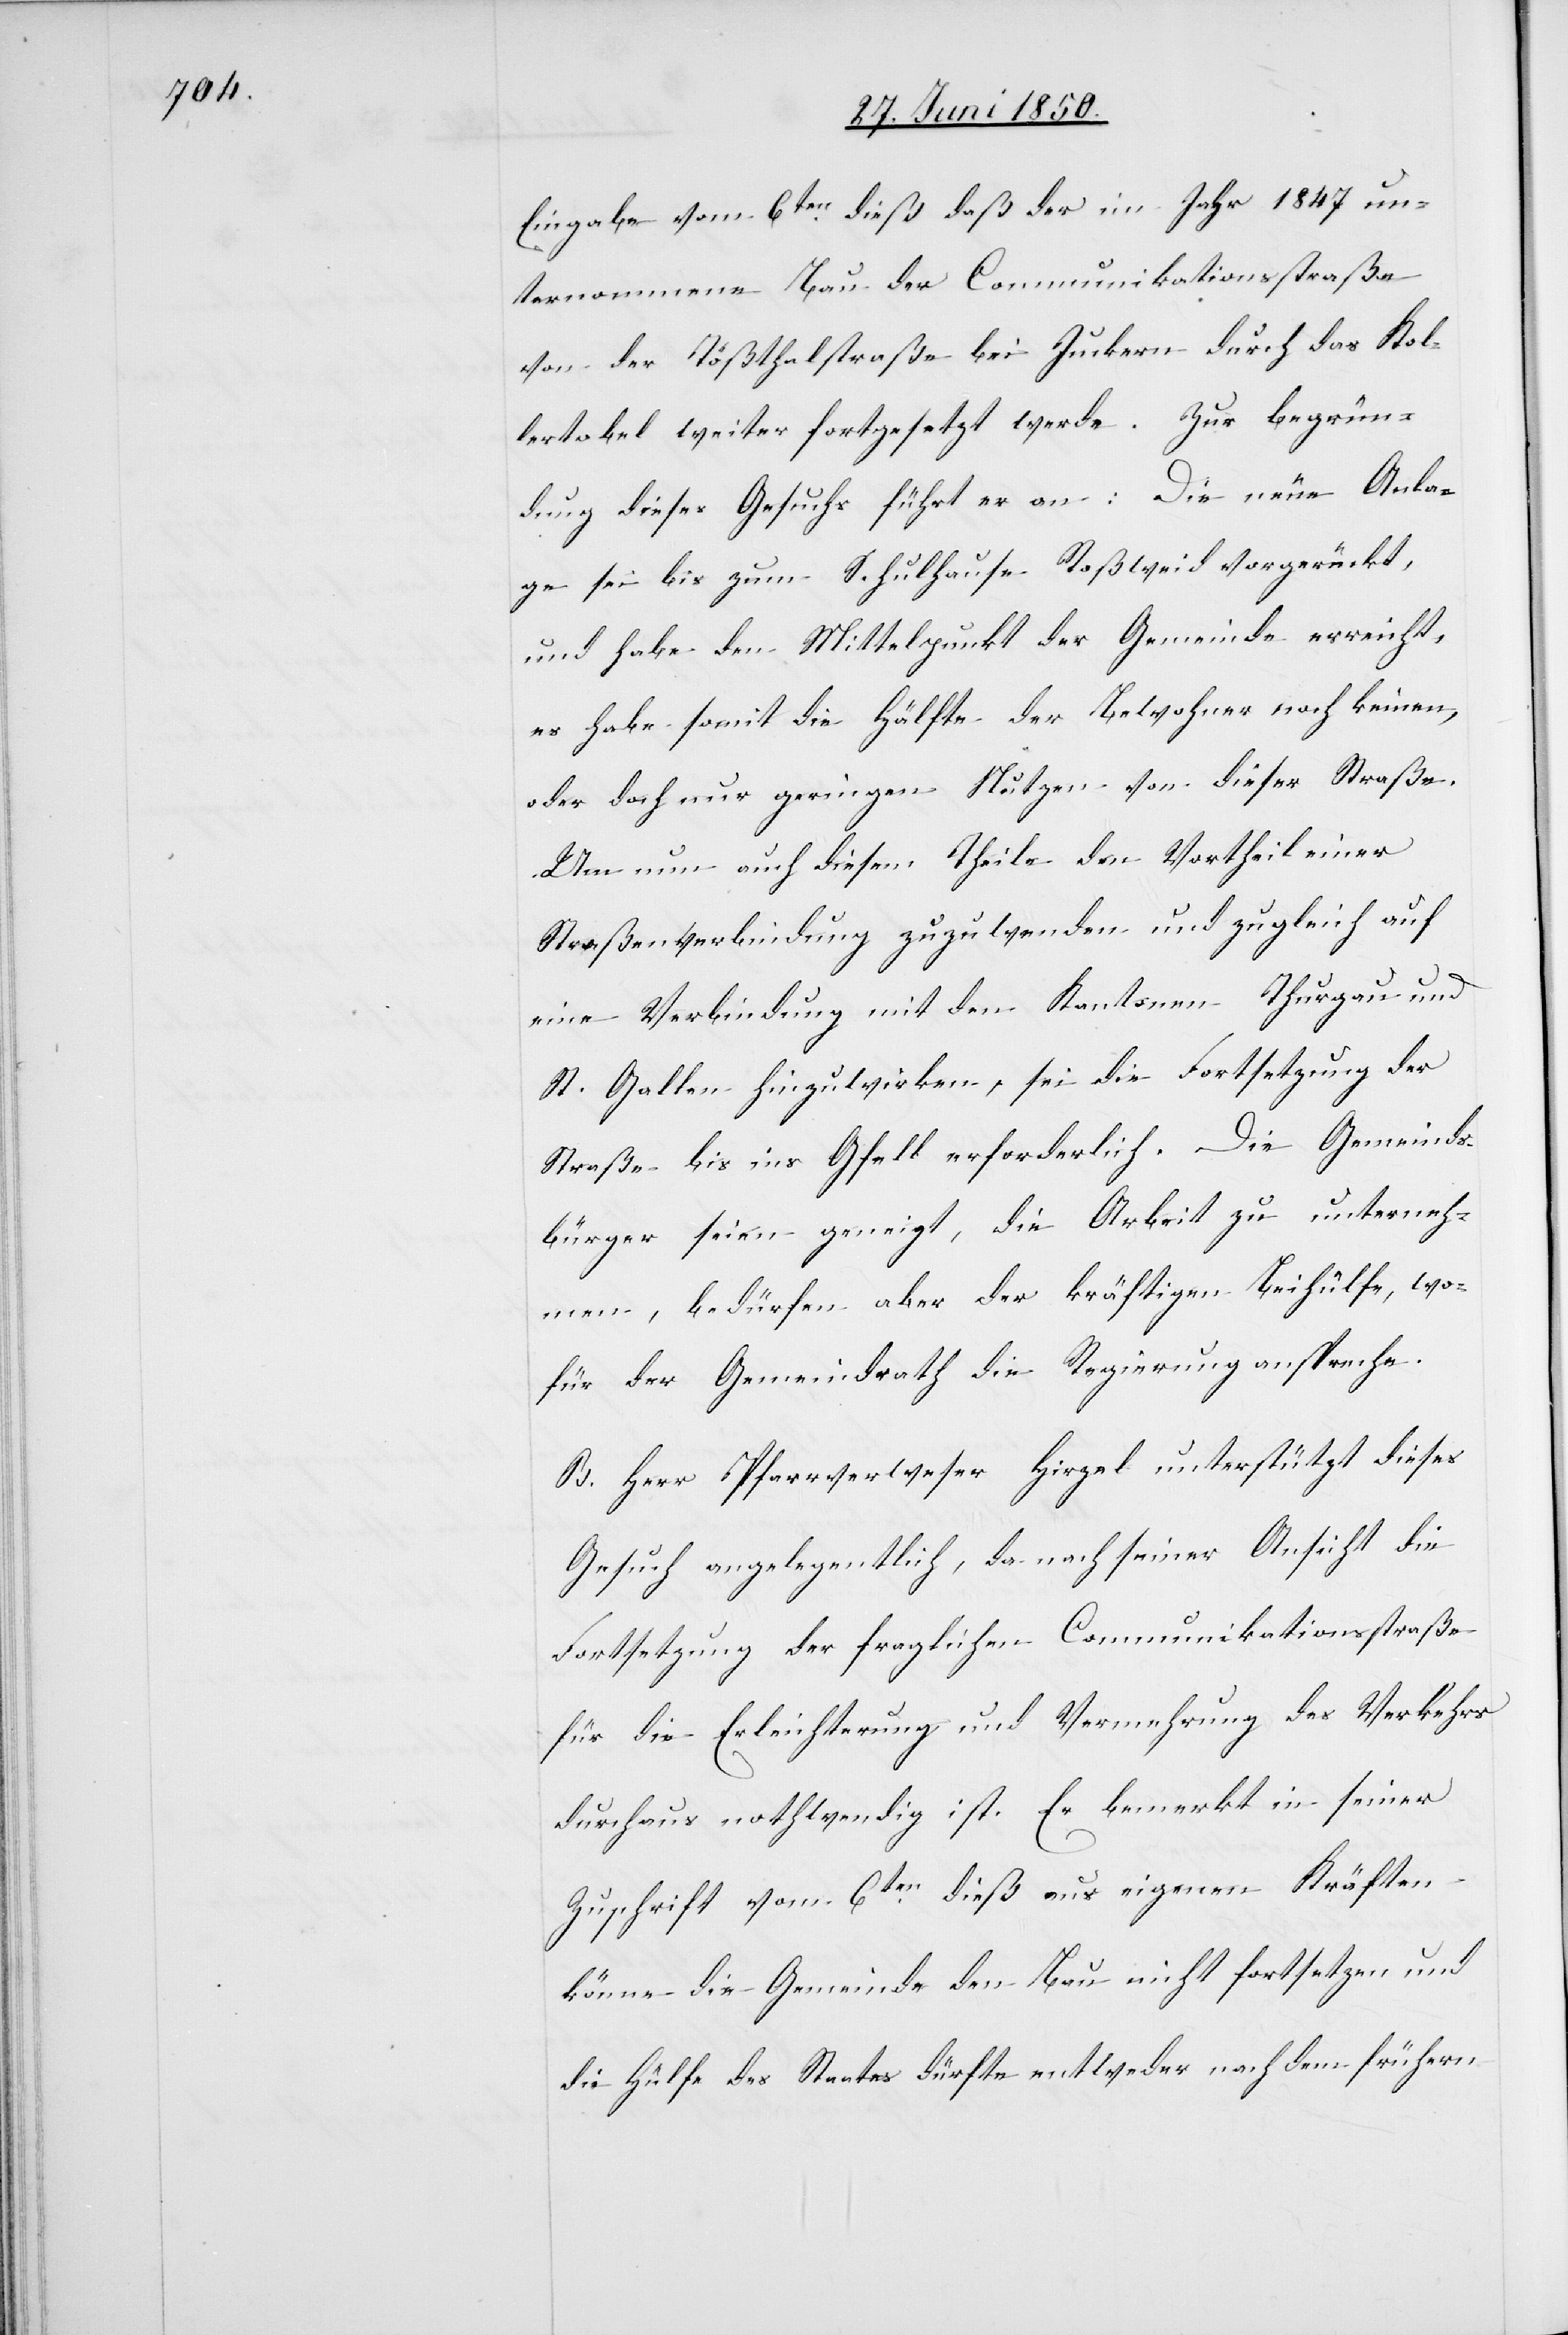
Eingabe vom 8ten dieß daß der im Jahr 1847 un¬
ternommene Bau der Communikationsstraße
von der Tößthalstraße bei Juckern durch das Kol¬
lertobel weiter fortgesetzt werde. Zur Begrün¬
dung dieses Gesuchs führt er an: Die neue Anla¬
ge sei bis zum Schulhause Roßweid vorgerückt,
und habe den Mittelpunkt der Gemeinde erreicht,
es habe somit die Hälfte der Bewohner noch keinen,
oder doch nur geringen Nutzen von dieser Straße.
Um nun auch diesem Theile den Vortheil einer
Straßenverbindung zuzuwenden und zugleich auf
eine Verbindung mit den Kantonen Thurgau und
St. Gallen hinzuwirken, sei die Fortsetzung der
Straße bis ins Gfell erforderlich. Die Gemeinds¬
bürger seien geneigt, die Arbeit zu unterneh¬
men, bedürfen aber der kräftigen Beihülfe, wo¬
für der Gemeindrath die Regierung anspreche.
B. Herr Pfarrverweser Hirzel unterstützt dieses
Gesuch angelegentlich, da nach seiner Ansicht die
Fortsetzung der fraglichen Communikationsstraße
für die Erleichterung und Vermehrung des Verkehrs
durchaus nothwendig ist. Er bemerkt in seiner
Zuschrift vom 6ten dieß aus eigenen Kräften
könne die Gemeinde den Bau nicht fortsetzen und
die Hülfe des Staates dürfte entweder nach dem frühern